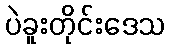
ပဲခူးတိုင်းဒေသ